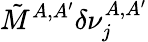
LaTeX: \tilde{M}^{A,A^{\prime}}\delta\nu_{j}^{A,A^{\prime}}